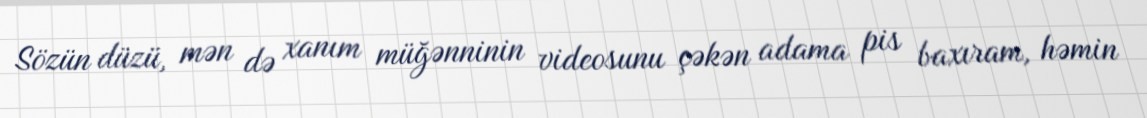
Sözün düzü, mən də xanım müğənninin videosunu çəkən adama pis baxıram, həmin